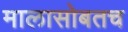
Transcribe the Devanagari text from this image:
मालासोबतच